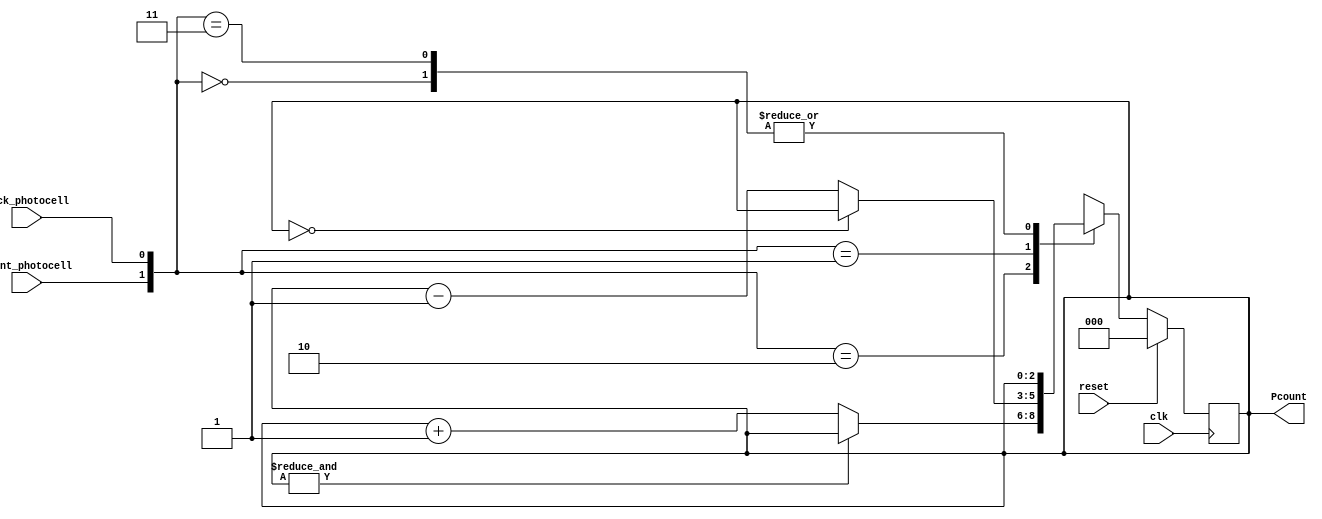
module counter_nbits #(parameter N = 3)(
    input front_photocell, back_photocell, clk, reset,
    output reg[N-1:0] Pcount
);

    always @(posedge clk)
    begin
        if(reset)
            Pcount <= 0;

        else
        begin
            case({front_photocell,back_photocell})

            2'b00: // Person entered and person exited
                    Pcount <= Pcount;

            2'b10: // Person entered
                    if(&Pcount) //max number 111
                        //! Sensor Error
                        Pcount <= Pcount;
                    else 
                        Pcount <= Pcount +1;

            2'b01: // Person exited
                    if (Pcount == 0) //min number 000
                        //! Sensor Error
                        Pcount <= Pcount;
                    else
                        Pcount <= Pcount -1;

            2'b11: // Nothing happed
                    Pcount <= Pcount;

            endcase
        end
    end

endmodule